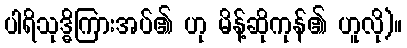
ပါရိသုဒ္ဓိကြားအပ်၏ ဟု မိန့်ဆိုကုန်၏ ဟူလို)။